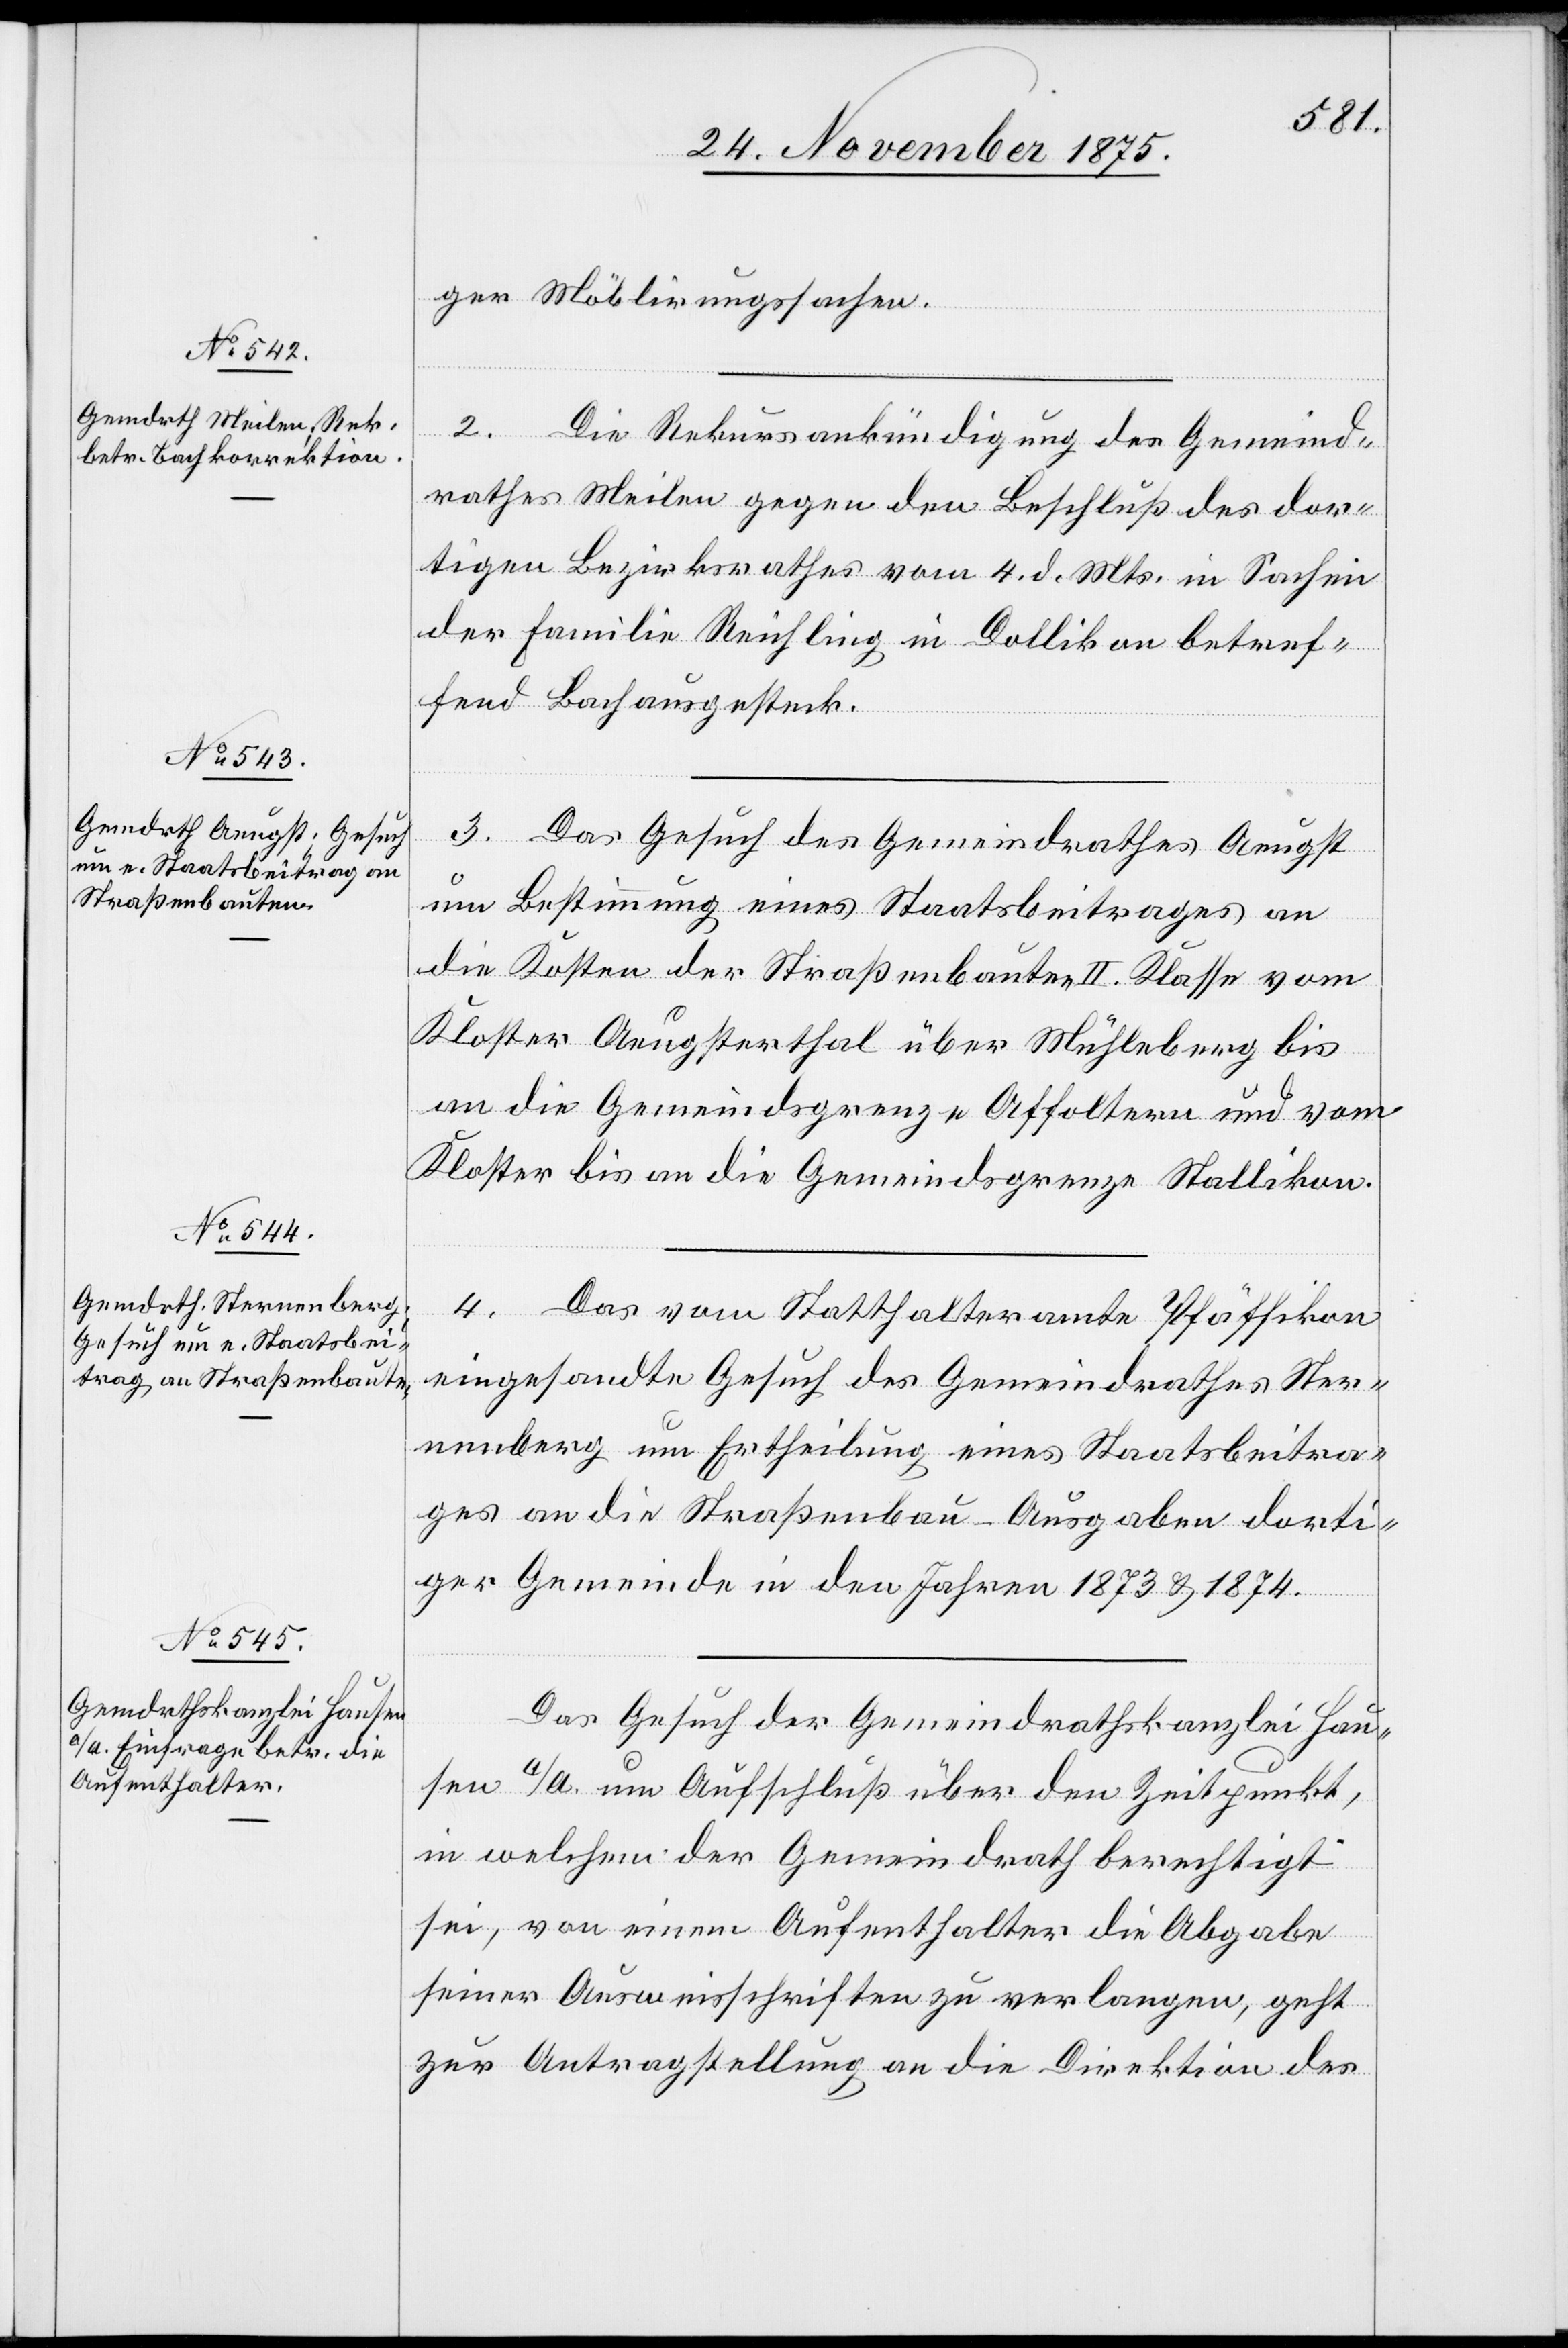
26. November 1875.]
ger Möblirungssachen.
2. Die Rekursankündigung des Gemeind¬
rathes Meilen gegen den Beschluß des dor¬
tigen Bezirksrathes vom 4. d. Mts. in Sachen
der Familie Reichling in Dollikon betref¬
fend Bachausgesteck.
3. Das Gesuch des Gemeindrathes Aeugst
um Bestimmung eines Staatsbeitrages an
die Kosten der Straßenbauten II. Klasse vom
Kloster Aeugsterthal über Mühleberg bis
an die Gemeindsgrenze Affoltern und vom
Kloster bis an die Gemeindsgrenze Stallikon.
4. Das vom Statthalteramte Pfäffikon
eingesandte Gesuch des Gemeindrathes Ster¬
nenberg um Ertheilung eines Staatsbeitra¬
ges an die Straßenbau-Ausgaben dorti¬
ger Gemeinde in den Jahren 1873 & 1874.
Das Gesuch der Gemeindrathskanzlei Hau¬
sen a/A. um Aufschluß über den Zeitpunkt,
in welchem der Gemeindrath berechtigt
sei, von einem Aufenthalter die Abgabe
seiner Ausweisschriften zu verlangen, geht
zur Antragstellung an die Direktion des